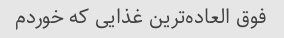
فوق العاده‌ترین غذایی که خوردم